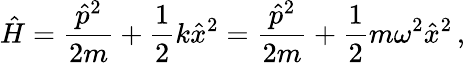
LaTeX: {\hat{H}}={\frac{{\hat{p}}^{2}}{2m}}+{\frac{1}{2}}k{\hat{x}}^{2}={\frac{{\hat{p}}^{2}}{2m}}+{\frac{1}{2}}m\omega^{2}{\hat{x}}^{2}\, ,